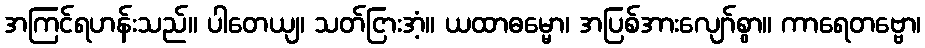
အကြင်ရဟန်းသည်။ ပါတေယျ၊ သတ်ငြားအံ့။ ယထာဓမ္မော၊ အပြစ်အားလျော်စွာ။ ကာရေတဗ္ဗော၊